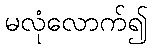
မလုံလောက်၍